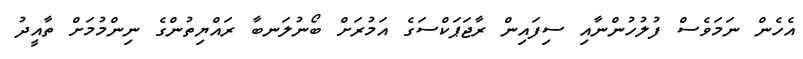
އެހެން ނަމަވެސް ފުލުހުންނާއި ސިފައިން ރާޖަޕަކްސަގެ އަމުރަށް ބޯނުލަނބާ ރައްޔިތުންގެ ނިންމުމަށް ތާއީދު